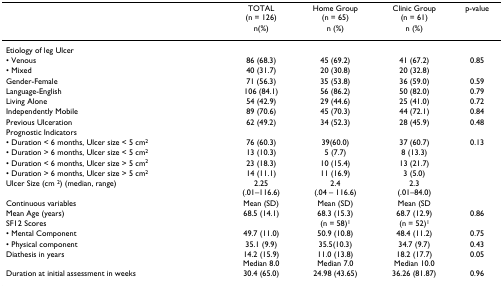
<table><thead><tr><td></td><td><b>TOTAL(n = 126)</b></td><td><b>Home Group(n = 65)</b></td><td><b>Clinic Group(n = 61)</b></td><td><b>p-value</b></td></tr><tr><td></td><td><b>n(%)</b></td><td><b>n (%)</b></td><td><b>n (%)</b></td><td></td></tr></thead><tbody><tr><td>Etiology of leg Ulcer</td><td></td><td></td><td></td><td></td></tr><tr><td>• Venous</td><td>86 (68.3)</td><td>45 (69.2)</td><td>41 (67.2)</td><td>0.85</td></tr><tr><td>• Mixed</td><td>40 (31.7)</td><td>20 (30.8)</td><td>20 (32.8)</td><td></td></tr><tr><td>Gender-Female</td><td>71 (56.3)</td><td>35 (53.8)</td><td>36 (59.0)</td><td>0.59</td></tr><tr><td>Language-English</td><td>106 (84.1)</td><td>56 (86.2)</td><td>50 (82.0)</td><td>0.79</td></tr><tr><td>Living Alone</td><td>54 (42.9)</td><td>29 (44.6)</td><td>25 (41.0)</td><td>0.72</td></tr><tr><td>Independently Mobile</td><td>89 (70.6)</td><td>45 (70.3)</td><td>44 (72.1)</td><td>0.84</td></tr><tr><td>Previous Ulceration</td><td>62 (49.2)</td><td>34 (52.3)</td><td>28 (45.9)</td><td>0.48</td></tr><tr><td>Prognostic Indicators</td><td></td><td></td><td></td><td></td></tr><tr><td>• Duration &lt; 6 months, Ulcer size &lt; 5 cm<sup>2</sup></td><td>76 (60.3)</td><td>39(60.0)</td><td>37 (60.7)</td><td>0.13</td></tr><tr><td>• Duration &gt; 6 months, Ulcer size &lt; 5 cm<sup>2</sup></td><td>13 (10.3)</td><td>5 (7.7)</td><td>8 (13.3)</td><td></td></tr><tr><td>• Duration &lt; 6 months, Ulcer size &gt; 5 cm<sup>2</sup></td><td>23 (18.3)</td><td>10 (15.4)</td><td>13 (21.7)</td><td></td></tr><tr><td>• Duration &gt; 6 months, Ulcer size &gt; 5 cm<sup>2</sup></td><td>14 (11.1)</td><td>11 (16.9)</td><td>3 (5.0)</td><td></td></tr><tr><td>Ulcer Size (cm <sup>2</sup>) (median, range)</td><td>2.25(.01–116.6)</td><td>2.4(.04 – 116.6)</td><td>2.3(.01–84.0)</td><td></td></tr><tr><td>Continuous variables</td><td>Mean (SD)</td><td>Mean (SD)</td><td>Mean (SD</td><td></td></tr><tr><td>Mean Age (years)</td><td>68.5 (14.1)</td><td>68.3 (15.3)</td><td>68.7 (12.9)</td><td>0.86</td></tr><tr><td>SF12 Scores</td><td></td><td>(n = 58)<sup>1</sup></td><td>(n = 52)<sup>1</sup></td><td></td></tr><tr><td>• Mental Component</td><td>49.7 (11.0)</td><td>50.9 (10.8)</td><td>48.4 (11.2)</td><td>0.75</td></tr><tr><td>• Physical component</td><td>35.1 (9.9)</td><td>35.5(10.3)</td><td>34.7 (9.7)</td><td>0.43</td></tr><tr><td>Diathesis in years</td><td>14.2 (15.9)Median 8.0</td><td>11.0 (13.8)Median 7.0</td><td>18.2 (17.7)Median 10.0</td><td>0.05</td></tr><tr><td>Duration at initial assessment in weeks</td><td>30.4 (65.0)</td><td>24.98 (43.65)</td><td>36.26 (81.87)</td><td>0.96</td></tr></tbody></table>